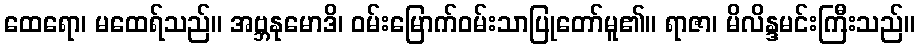
ထေရော၊ မထေရ်သည်။ အဗ္ဘနုမောဒိ၊ ဝမ်းမြောက်ဝမ်းသာပြုတော်မူ၏။ ရာဇာ၊ မိလိန္ဒမင်းကြီးသည်။